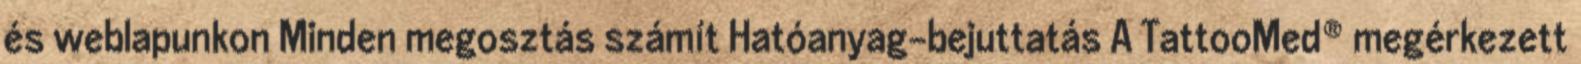
és weblapunkon Minden megosztás számít Hatóanyag-bejuttatás A TattooMed® megérkezett